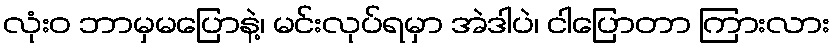
လုံးဝ ဘာမှမပြောနဲ့၊ မင်းလုပ်ရမှာ အဲဒါပဲ၊ ငါပြောတာ ကြားလား